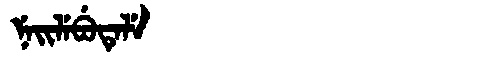
Manchu: ᠨᡝᡳᠯᡝᠪᡠᡨᡝᠯᡝ
Romanization: NEILEBUTELE